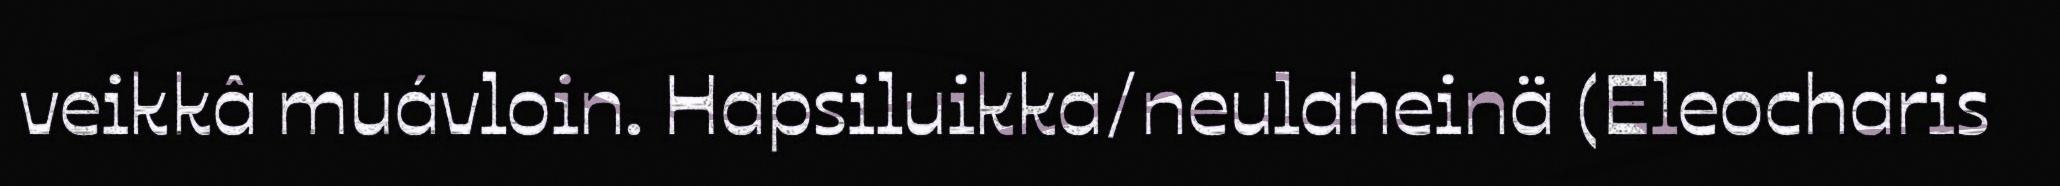
veikkâ muávloin. Hapsiluikka/neulaheinä (Eleocharis